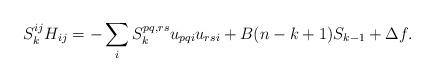
LaTeX: \begin{align*}S_k^{ij} H_{ij} = -\sum_i S_k^{pq,rs}u_{pqi}u_{rsi} + B (n - k + 1) S_{k-1} + \Delta f.\end{align*}